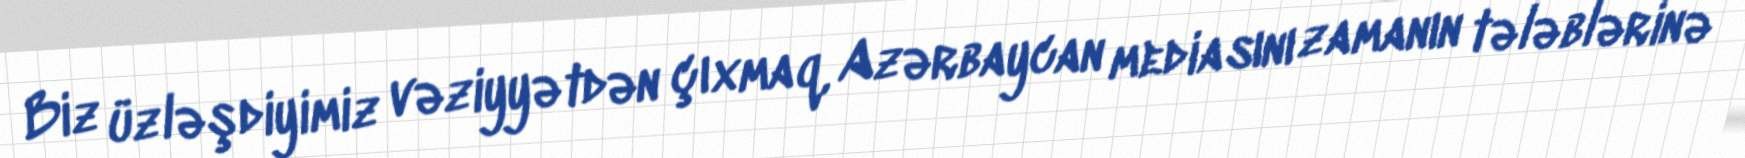
Biz üzləşdiyimiz vəziyyətdən çıxmaq, Azərbaycan mediasını zamanın tələblərinə